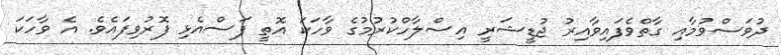
ދުވަސްވުމާއި ގާތްވެފައިިވާއިރު ޖުޑީޝަރީ އިސްލާހްކުރުމުގެ ވާހަކަ އޮތީ ފަސްއެޅި ފޮރުވިފައެވެ. އެ ވާހަކަ